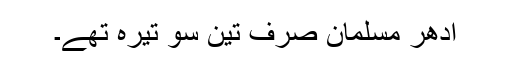
ادھر مسلمان صرف تین سو تیرہ تھے۔